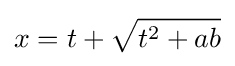
x=t+{\sqrt {t^{2}+ab}}